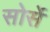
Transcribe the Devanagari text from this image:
सोर्से